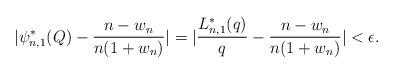
LaTeX: \begin{align*}|\psi_{n,1}^{\ast}(Q)-\frac{n-w_{n}}{n(1+w_{n})}|=|\frac{L_{n,1}^{\ast}(q)}{q}-\frac{n-w_{n}}{n(1+w_{n})}|< \epsilon.\end{align*}